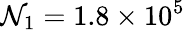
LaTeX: \mathcal{N}_{1}=1.8\times10^{5}